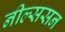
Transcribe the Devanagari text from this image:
नील्ससन